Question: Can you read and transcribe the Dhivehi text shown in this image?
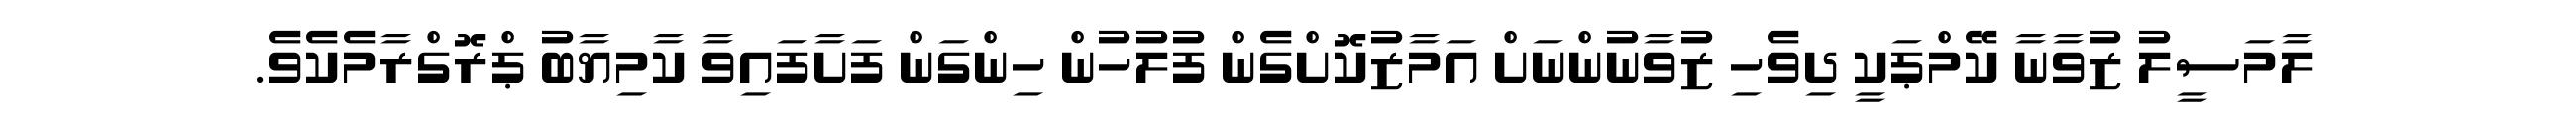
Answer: ލާމަސީލު ޒުވާނާ ކޭމްޕަކީ ދިވެހި ޒުވާނުންނަށް އަމާޒުކޮށްގެން ފުލުހުން ހިންގަން ފަށާފައިވާ ކާމިޔާބު ޕްރޮގްރާމެކެވެ.